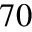
_ { 7 0 }